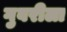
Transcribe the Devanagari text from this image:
गुबरीला